Report of the Indian Hemp Drugs Commission, 1894-1895 - Volume VIII
Year: 1894
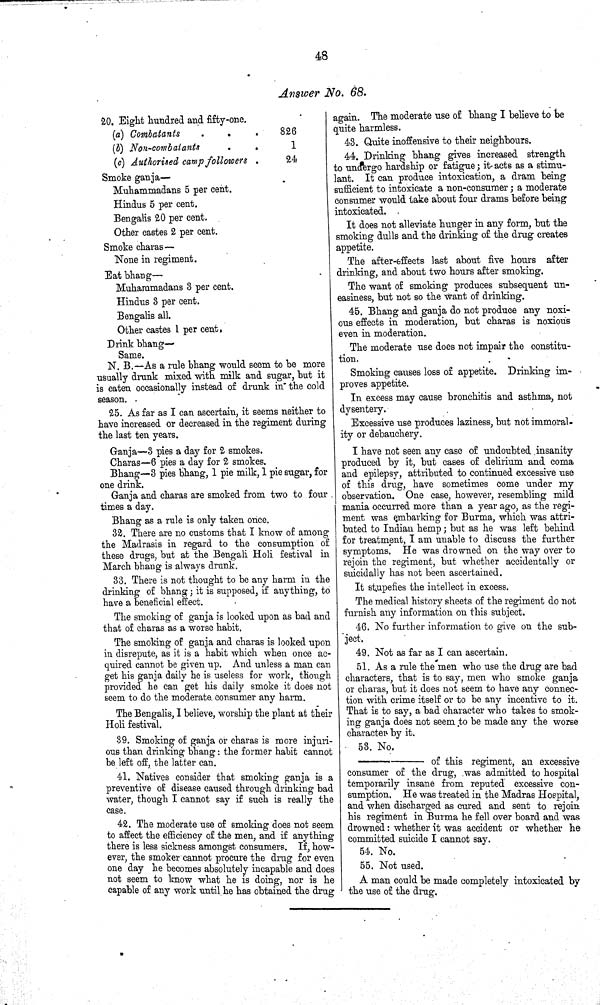
48
Answer No. 68.
20. Eight hundred and fifty-one.
(a) Combatants
826
(b) Non-combatants
1
(c) Authorised camp followers
24
Smoke ganja—
Muhammadans 5 per cent.
Hindus 5 per cent.
Bengalis 20 per cent.
Other castes 2 per cent.
Smoke charas—
None in regiment.
Eat bhang—
Muhammadans 3 per cent.
Hindus 3 per cent.
Bengalis all.
Other castes 1 per cent,
Drink bhang—
Same.
N. B.—As a rale bhang would seem to be more
usually drunk mixed with milk and sugar, but it
is eaten occasionally instead of drunk in the cold
season.
25. As far as I can ascertain it seems neither to
have increased or decreased in the regiment during
the last ten years.
Ganja—3 pies a day for 2 smokes.
Charas—6 pies a day for 2 smokes.
Bhang—3 pies bhang, 1 pie milk, 1 pie sugar, for
one drink.
Ganja and charas are smoked from two to four
times a day.
Bhang as a rule is only taken once.
32. There are no customs that I know of among
the Madrasis in regard to the consumption of
these drugs, but at the Bengali Holi festival in
March bhang is always drunk.
33. There is not thought to be any harm in the
drinking of bhang; it is supposed, if anything, to
have a beneficial effect.
The smoking of ganja is looked upon as bad and
that of eharas as a worse habit.
The smoking of ganja and charas is looked upon
in disrepute, as it is a habit which when once ac-
quired cannot be given up. And unless a man can
get his ganja daily he is useless for work, though
provided he can get his daily smoke it does not
seem to do the moderate, consumer any harm.
The Bengalis, I believe, worship the plant at their
Holi festival.
39. Smoking of ganja or charas is more injuri-
ous than drinking bhang: the former habit cannot
be left off, the latter can.
41. Natives consider that smoking ganja is a
preventive of disease caused through drinking bad
water, though I cannot say if such is really the
case.
42. The moderate use of smoking does not seem
to affect the efficiency of the men, and if anything
there is less sickness amongst consumers. If, how-
ever, the smoker cannot procure the drug for even
one day he becomes absolutely incapable and does
not seem to know what he is doing, nor is he
capable of any work until he has obtained the drug
again. The moderate use of bhang I believe to be
quite harmless.
43. Quite inoffensive to their neighbours.
44. Drinking bhang gives increased strength
to undergo hardship or fatigue; it acts as a stimu-
lant. It can produce intoxication, a dram being
sufficient to intoxicate a non-consumer; a moderate
consumer would take about four drams before being
intoxicated.
It does not alleviate hunger in any form, but the
smoking dulls and the drinking of the drug creates
appetite.
The after-effects last about five hours after
drinking, and about two hours after smoking.
The want of smoking produces subsequent un-
easiness, but not so the want of drinking.
45. Bhang and ganja do not produce any noxi-
ous effects in moderation, but charas is noxious
even in moderation.
The moderate use does not impair the constitu-
tion.
Smoking causes loss of appetite. Drinking im-
proves appetite.
In excess may cause bronchitis and asthma, not
dysentery.
Excessive use produces laziness, but not immoral-
ity or debauchery.
I have not seen any case of undoubted insanity
produced by it, but cases of delirium and coma
and epilepsy, attributed to continued excessive use
of this drug, have sometimes come under my
observation. One case, however, resembling mild
mania occurred more than a year ago, as the regi-
ment was embarking for Burma, which was attri-
buted to Indian hemp; but as he was left behind
for treatment, I am unable to discuss the further
symptoms. He was drowned on the way over to
rejoin the regiment, but whether accidentally or
suicidally has not been ascertained.
It stupefies the intellect in excess.
The medical history sheets of the regiment do not
furnish any information on this subject.
46. No further information to give on the sub-
ject.
49. Not as far as I can ascertain.
51. As a rule the men who use the drug are bad
characters, that is to say, men who smoke ganja
or charas, but it does not seem to have any connec-
tion with crime itself or to be any incentive to it.
That is to say, a bad character who takes to smok-
ing ganja does not seem to be made any the worse
character by it.
53. No.
of this regiment, an excessive
consumer of the drug, was admitted to hospital
temporarily insane from reputed excessive con-
sumption. He was treated in the Madras Hospital,
and when discharged as cured and sent to rejoin
his regiment in Burma he fell over board and was
drowned: whether it was accident or whether he
committed suicide I cannot say.
54. No.
55. Not used.
A man could be made completely intoxicated by
the use of the drug.